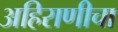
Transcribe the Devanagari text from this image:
अहिराणीचा